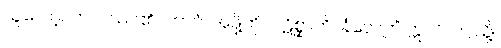
ယူလော့။ တဝ၊ သင်၏။ ဘာဂံ၊ အဖို့ကို။ ပဋိစ္ဆာဟိ၊ ခံလော့။” ဣတိ၊ ဤသို့။